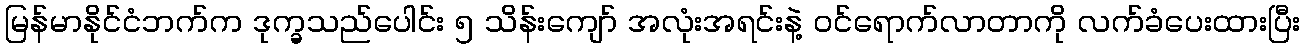
မြန်မာနိုင်ငံဘက်က ဒုက္ခသည်ပေါင်း ၅ သိန်းကျော် အလုံးအရင်းနဲ့ ဝင်ရောက်လာတာကို လက်ခံပေးထားပြီး